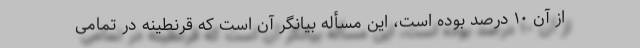
از آن ۱۰ درصد بوده است، این مسأله بیانگر آن است که قرنطینه در تمامی